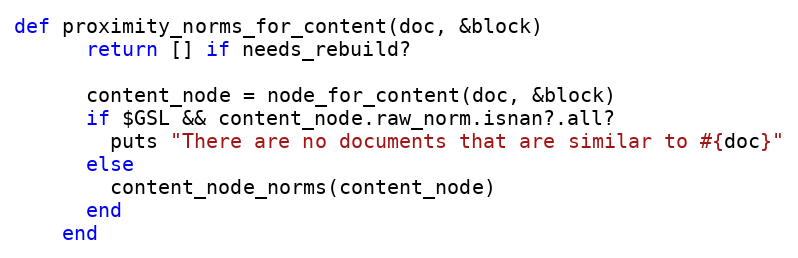
Language: Ruby
def proximity_norms_for_content(doc, &block)
      return [] if needs_rebuild?

      content_node = node_for_content(doc, &block)
      if $GSL && content_node.raw_norm.isnan?.all?
        puts "There are no documents that are similar to #{doc}"
      else
        content_node_norms(content_node)
      end
    end